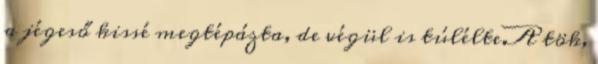
a jégeső kissé megtépázta, de végül is túlélte.A tök,